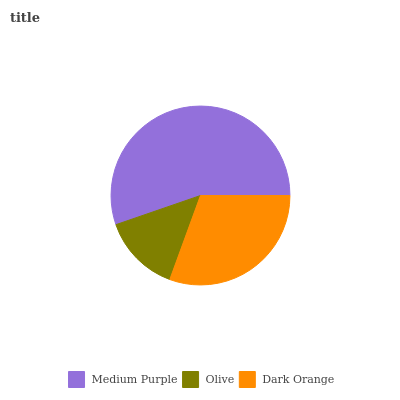
| Medium Purple | Olive | Dark Orange |
 | --- | --- | --- |
 | 55.3% | 14.2% | 30.6% |